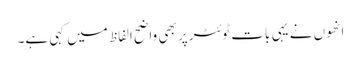
انھوں نے یہی بات ٹوئٹر پر بھی واضح الفاظ میں کہی ہے۔